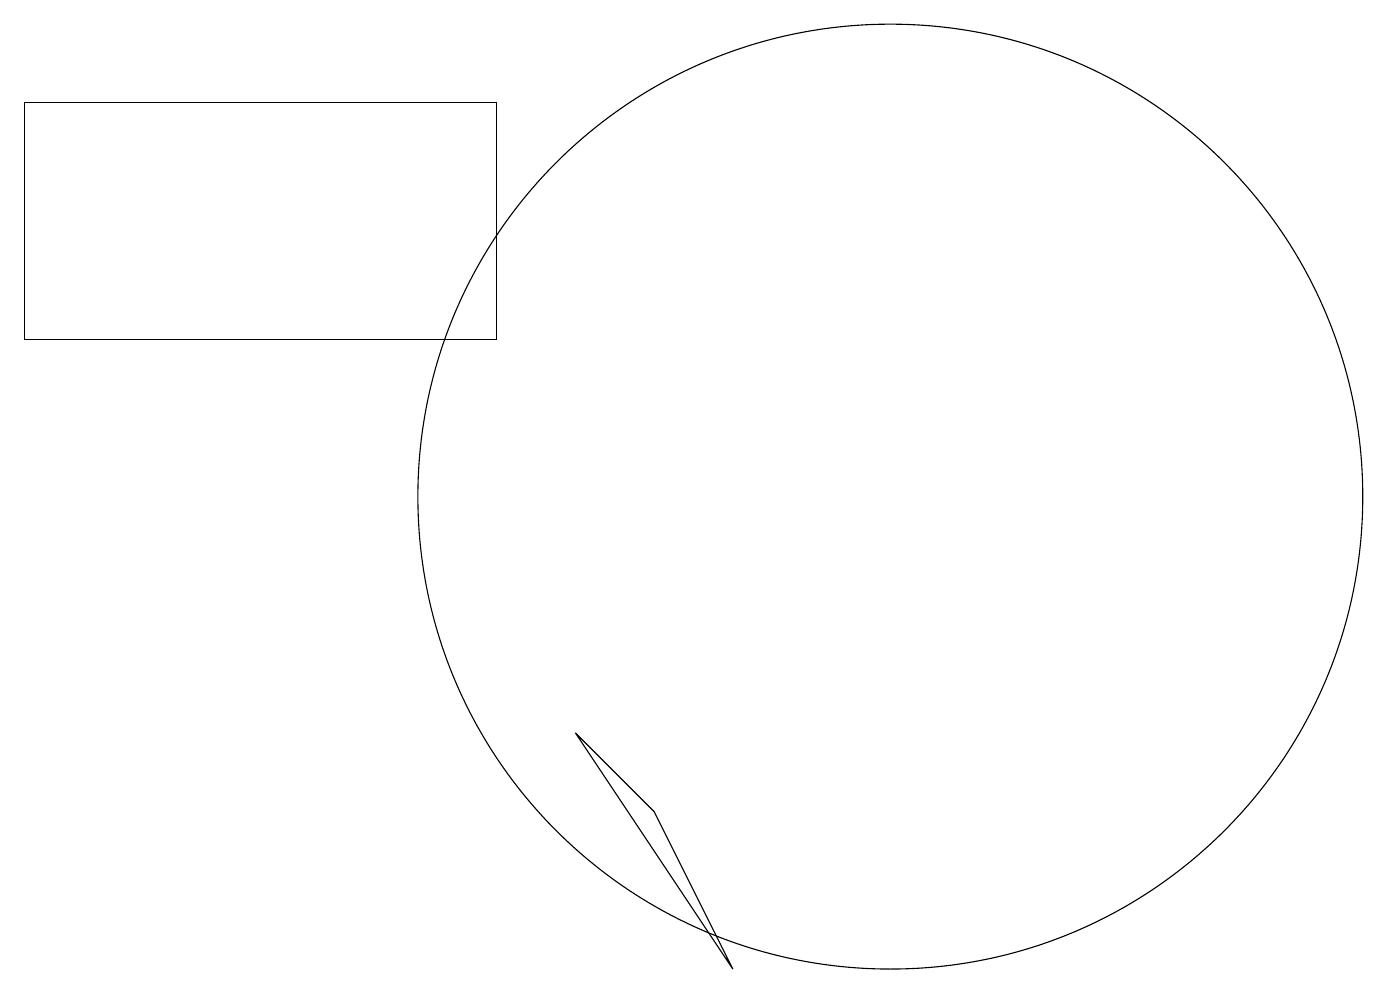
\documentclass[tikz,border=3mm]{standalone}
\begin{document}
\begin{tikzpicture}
\draw (0,12) rectangle (6,15);
\draw (9,4) -- (8,6) -- (7,7) -- cycle;
\draw (11,10) circle (6);
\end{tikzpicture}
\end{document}